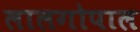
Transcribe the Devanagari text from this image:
लालगोपाल